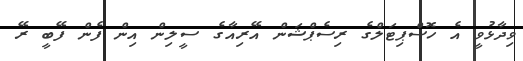
ވިދާޅުވީ އެ ހޮސްޕިޓަލްގެ ރިސެޕްޝަން އޭރިއާގެ ސީލިން އިން ފެން ފޭބީ ރޭ